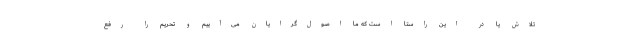
تلاش یا در این راستا است که ما اصول‌گرایان می‌آییم و تحریم را رفع